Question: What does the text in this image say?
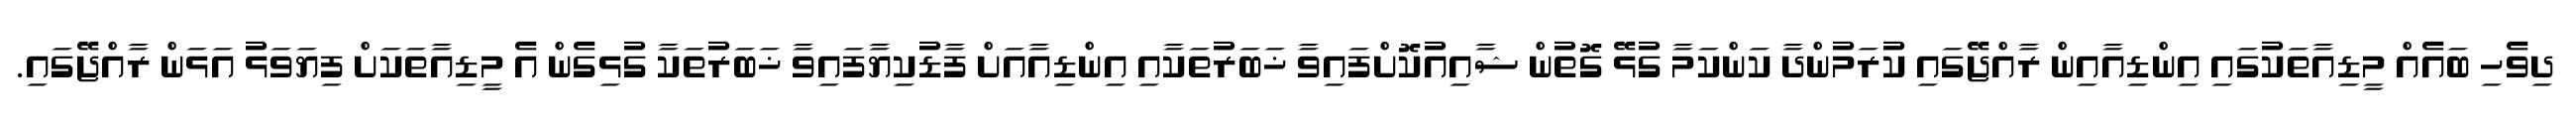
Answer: ދިވެހި ބައެއް މީޑިއާތަކުގައި އިންޑިއާއިން ރާއްޖޭގައި ކުރަމުންދާ ކަންކަމާ ގުޅޭ ގޮތުން ޝާއިއުކޮށްފައިވާ ޚަބަރުތަކާއި އިންޑިއާއަށް ފާޑުކިޔާފައިވާ ޚަބަރުތަކާ ގުޅިގެން އެ މީޑިއާތަކަށް ފިޔަވަޅު އަޅަން ރާއްޖޭގައި.